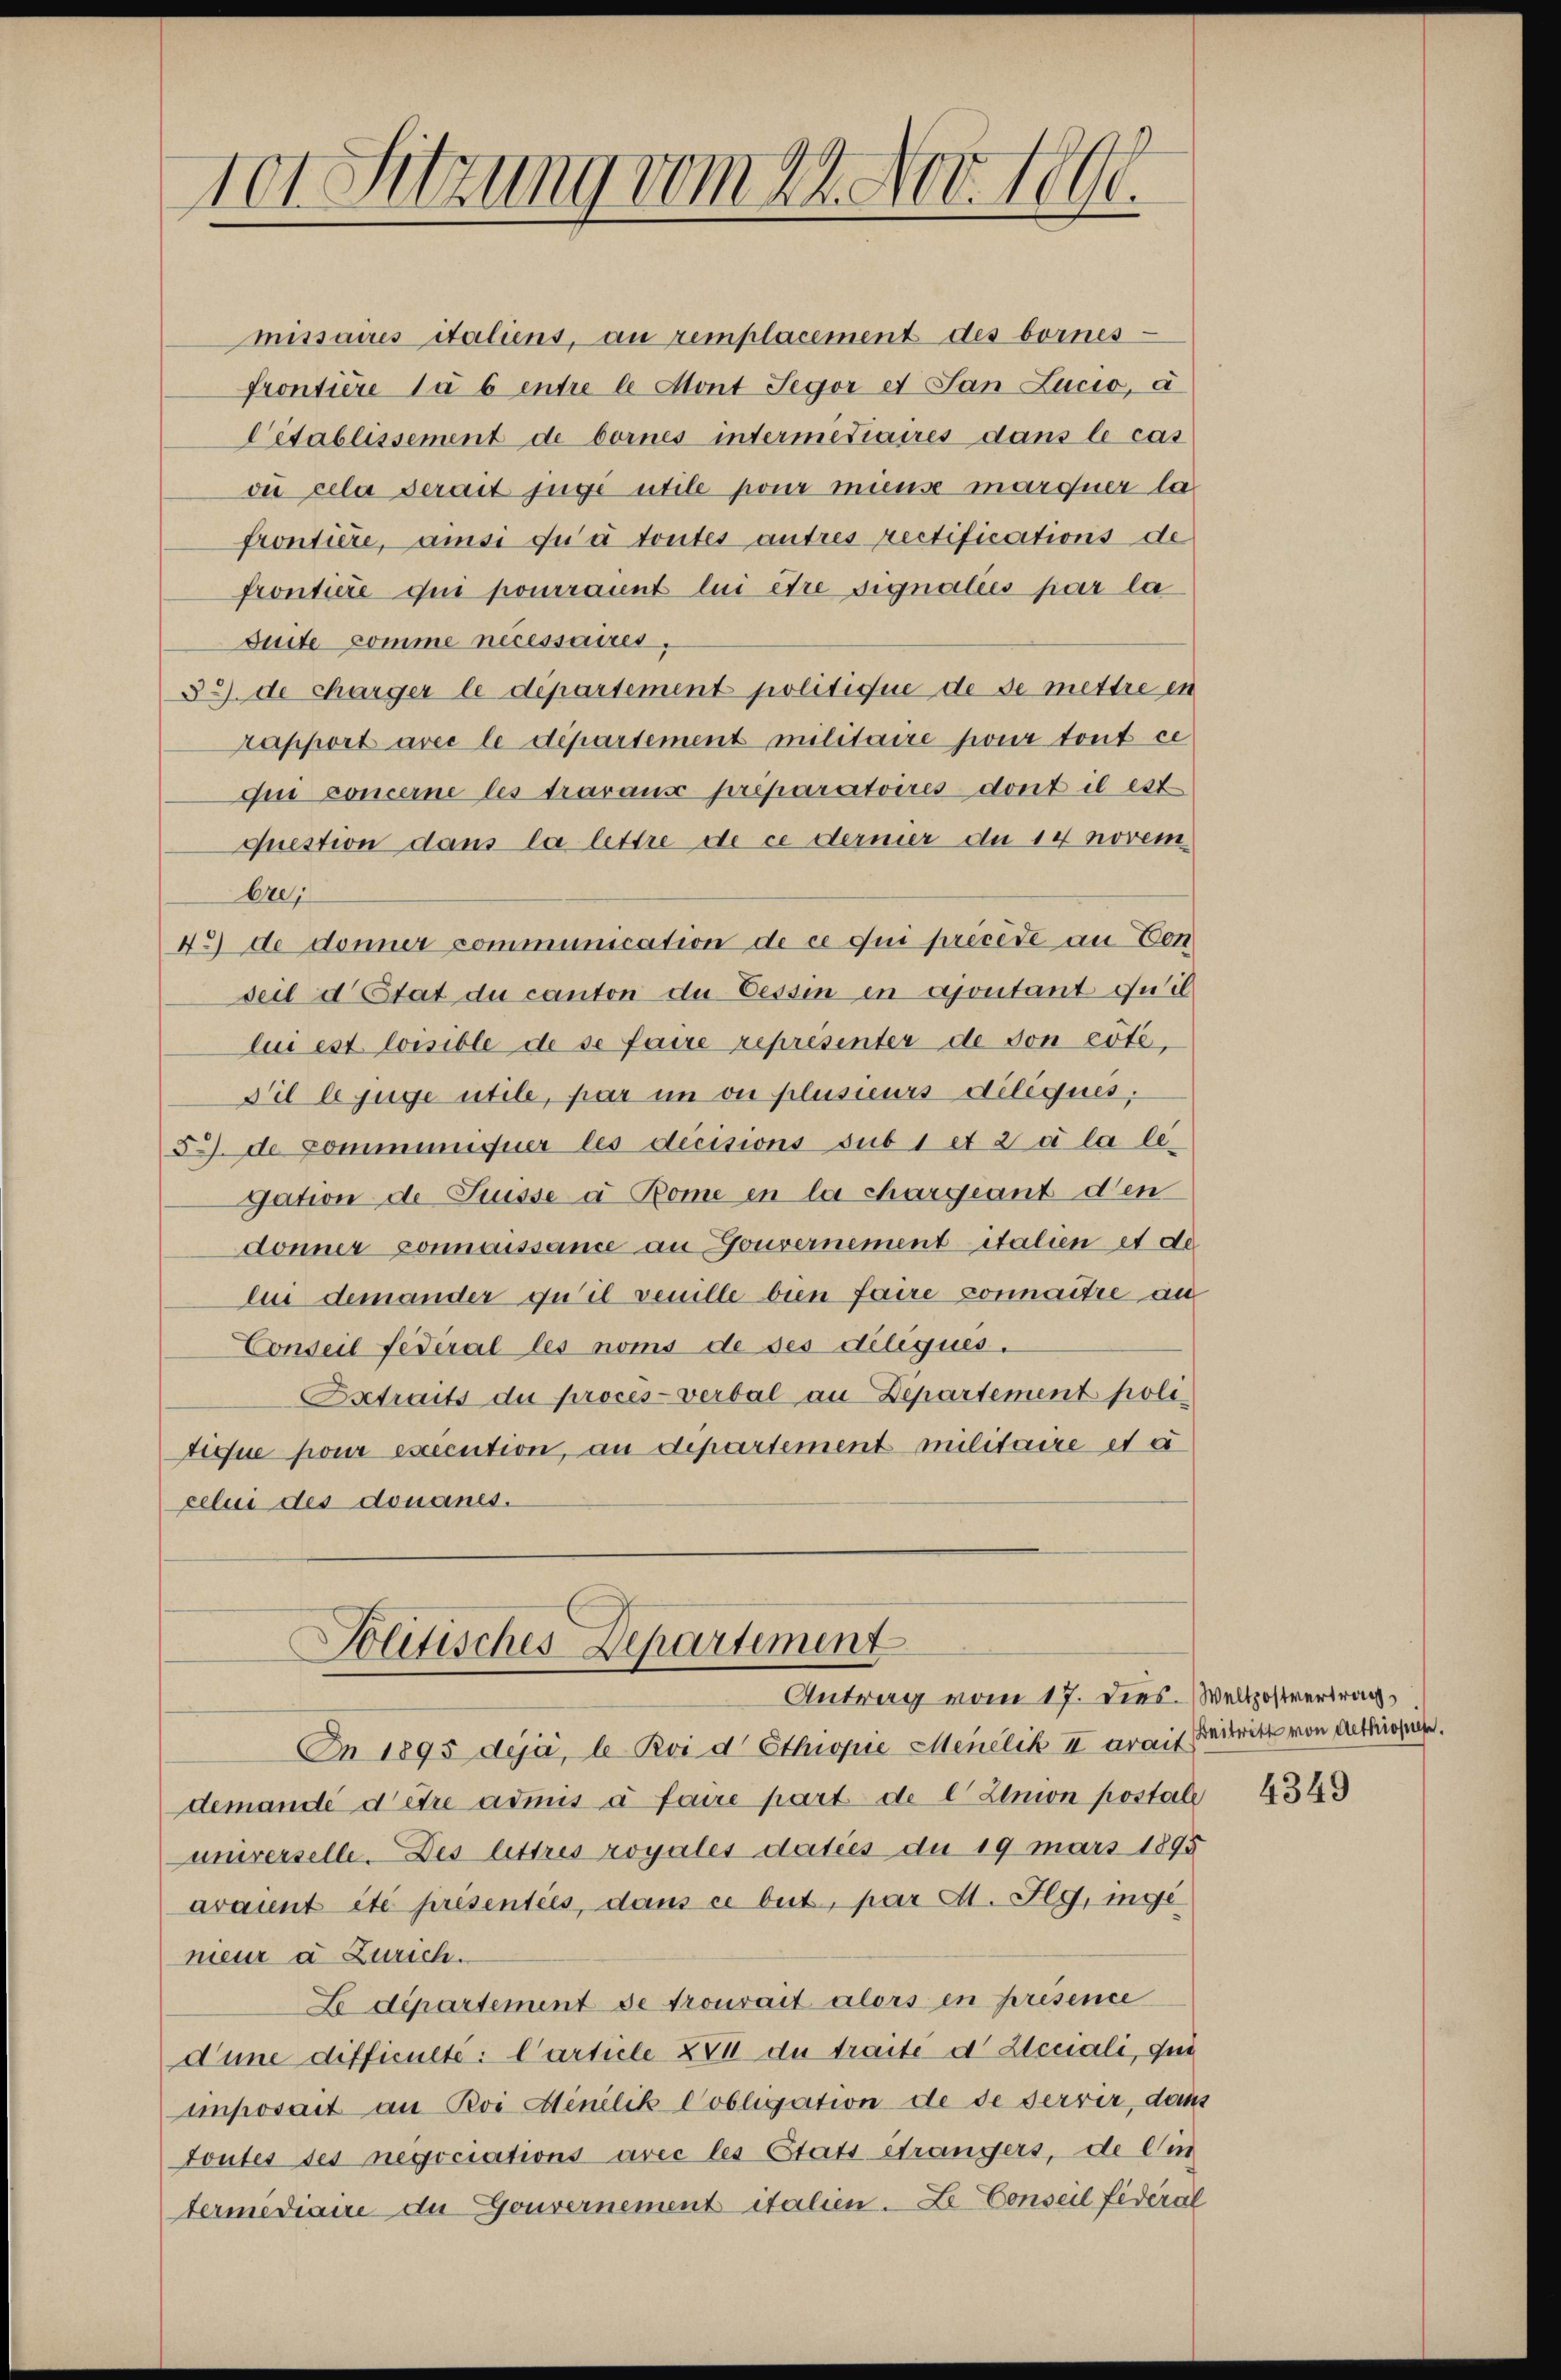
101 Setzung vom 22. Nov. 1890.

missaires italiens, au remplacement des bornes
Prontiere la 6 entre le Mont Segor et San Lucio, a
Cétablissement de bornes intermédiaires dans le cas
ou cela serait juge utile pour mieuse marquer la
frontiere, ams du à toutes autres rectifications de
frontiere qui pourrannt lui être signaliés par la
suite comme necessaires,
32) de charger le département politique de se mettre in
rapport avec le département militaire pour tout ce
qui concerne les travause préparatoires dont il est
question dans la lettre de ce dermer du 14 novembre
43) de donner pommunication de ce qui précédé au Con
seil détat du canton du Tessin in ajoutant ou il
lui est loisible de se faire représenter de von côté,
Til le juge utile, par in ou plusieurs diliques.
5) de Communiquer les décisions subi et à la legation de Suisse à Bome in la chargeant den
donner connaissance an Gouvernement italien et de
lui demander qu’il veuille bien faire connaitre au
Conseil fédéral les noms de ses déliques.
Betraits du procès-verbal an Departement politique pour execution, an dipartement militaire et a
celui des donanes.
Politisches Departement
Antrag vom 17. dies. Weltzostvertrag,
On 1895 deja, le Poi d Ethiopie Menelik II arait Beitritt von dettigsreche.
demandée d’être admis à faire part de l Union postal
universelle. Des lettres royales daties du 19 mars 1895
arannt été presentées, dans ce beit, par A. Ilg, ingemeur a Zürich.
L département de trouvait alors en présence
dune difficulté: Carticle XVI du traite d Steciali, qui
imposait an Roi Minilik Cobligation de de servir, dann
Toutes ses negociations avec les Stats étrangers, de lin
termediaire de Gouvernement italien. Le Conseil fédéral

4349